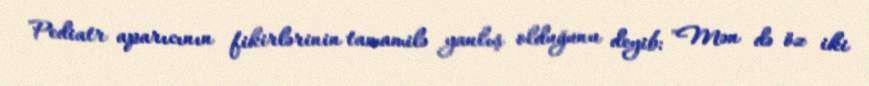
Pediatr aparıcının fikirlərinin tamamilə yanlış olduğunu deyib: "Mən də öz iki